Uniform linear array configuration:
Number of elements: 32
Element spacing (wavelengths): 0.75
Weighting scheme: kaiser
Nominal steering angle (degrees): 0
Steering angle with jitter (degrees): -1.333
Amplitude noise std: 0.05
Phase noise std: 0.05

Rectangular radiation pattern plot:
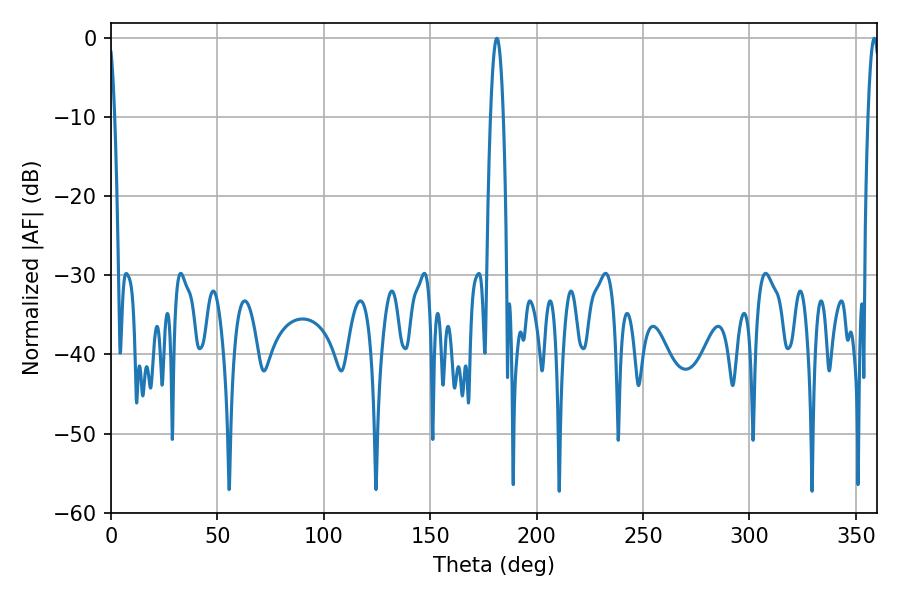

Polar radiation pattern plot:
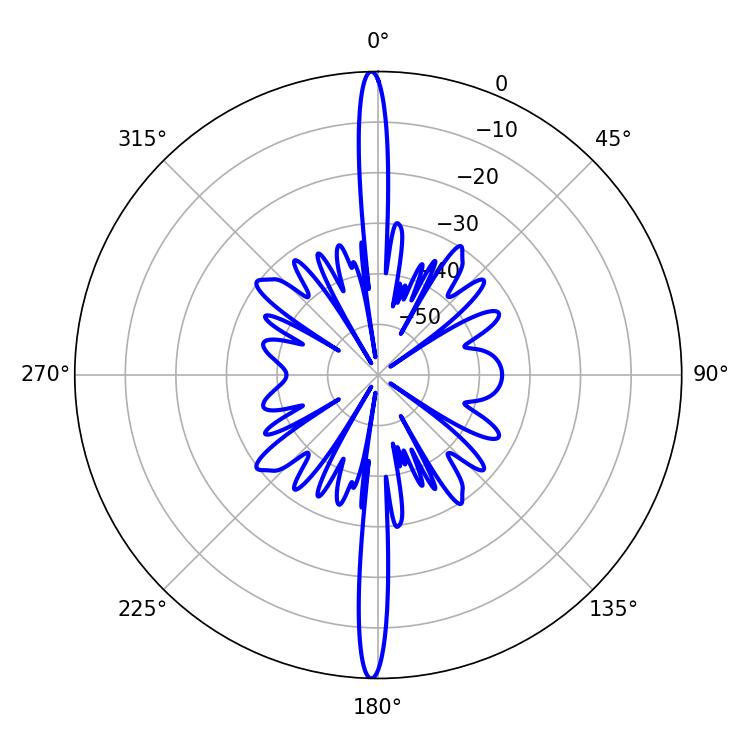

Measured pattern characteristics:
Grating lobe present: TRUE
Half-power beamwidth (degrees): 3.24
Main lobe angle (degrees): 181.26